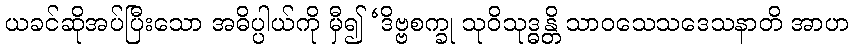
ယခင်ဆိုအပ်ပြီးသော အဓိပ္ပါယ်ကို မှီ၍ ‘ဒိဗ္ဗစက္ခု သုဝိသုဒ္ဓန္တိ သာဝသေသဒေသနာတိ အာဟ